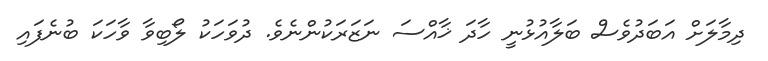
ދިމާލަށް އަބަދުވެސް ބަލާއުޅުނީ ހާދަ ޚާއްސަ ނަޒަރަކުންނެވެ. ދުވަހަކު ލޯބިވާ ވާހަކަ ބުނެފައި